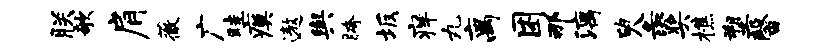
朕欹肩薇广畦瘼遨舆胯坂痒丸离困那漓臾彘奖樵塑馨